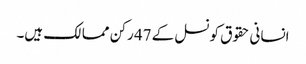
انسانی حقوق کونسل کے 47 رکن ممالک ہیں۔